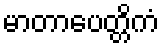
မာတာပေတ္တိကံ